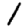
Digit: 1